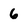
Character: 6